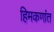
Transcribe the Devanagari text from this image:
हिमकणांत